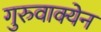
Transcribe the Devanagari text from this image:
गुरुवाक्येन